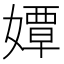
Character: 㜤